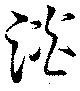
淡